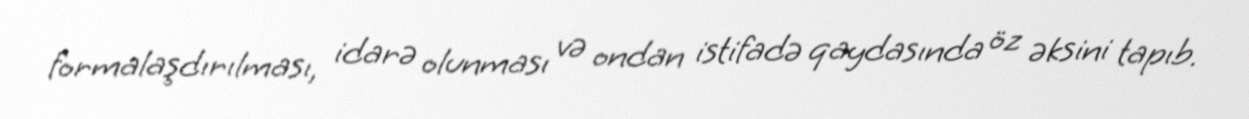
formalaşdırılması, idarə olunması və ondan istifadə qaydasında öz əksini tapıb.